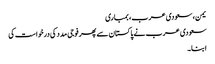
یمن، سعودی عرب، بمباری
سعودی عرب نے پاکستان سے پھر فوجی مدد کی درخواست کی
ابنا۔